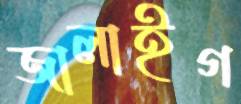
জালাইগ